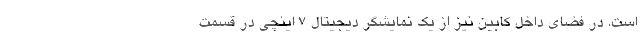
است. در فضای داخل کابین نیز از یک نمایشگر دیجیتال 7 اینچی در قسمت